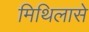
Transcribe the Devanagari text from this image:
मिथिलासे